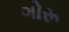
ગોરૂ